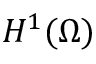
H ^ { 1 } ( \Omega )